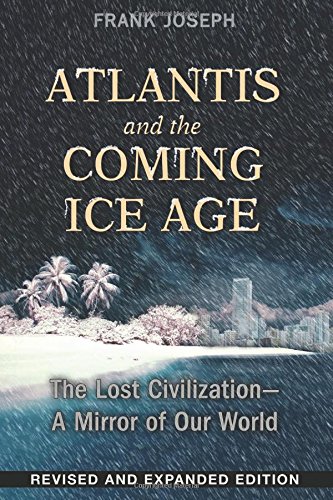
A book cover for Atlantis and the Coming Ice Age: The Lost Civilization--A Mirror of Our World; Frank Joseph; History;